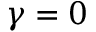
\gamma = 0